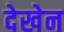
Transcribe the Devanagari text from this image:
देखेन